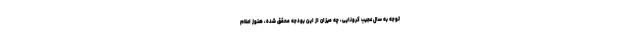
توجه به سال عجیب کرونایی، چه میزان از این بودجه محقق شده، هنوز اعلام